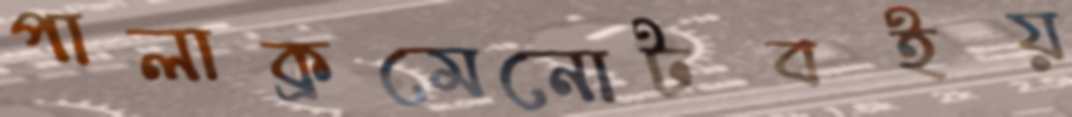
পালাক্রমেনোটবইয়